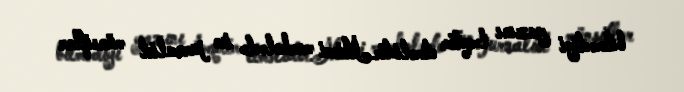
bilmədiyi yazını təqdim etməlidir.İkinci mərhələdə isə jurnalist münsiflər